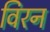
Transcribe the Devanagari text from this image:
विरन